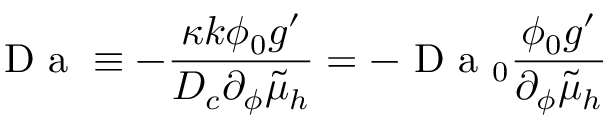
\mathrm { ~ D ~ a ~ } \equiv - \frac { \kappa k \phi _ { 0 } g ^ { \prime } } { D _ { c } \partial _ { \phi } \tilde { \mu } _ { h } } = - \mathrm { ~ D ~ a ~ } _ { 0 } \frac { \phi _ { 0 } g ^ { \prime } } { \partial _ { \phi } \tilde { \mu } _ { h } }